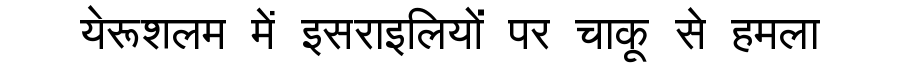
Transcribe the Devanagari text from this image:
येरूशलम में इसराइलियों पर चाकू से हमला